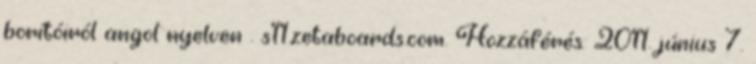
borítóiról angol nyelven . s11.zetaboards.com. Hozzáférés: 2011. június 7.